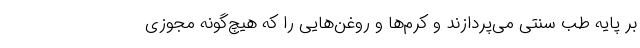
بر پایه طب سنتی می‌پردازند و کرم‌ها و روغن‌هایی را که هیچ‌گونه مجوزی